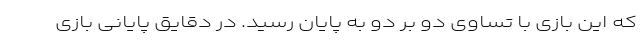
که این بازی با تساوی دو بر دو به پایان رسید. در دقایق پایانی بازی